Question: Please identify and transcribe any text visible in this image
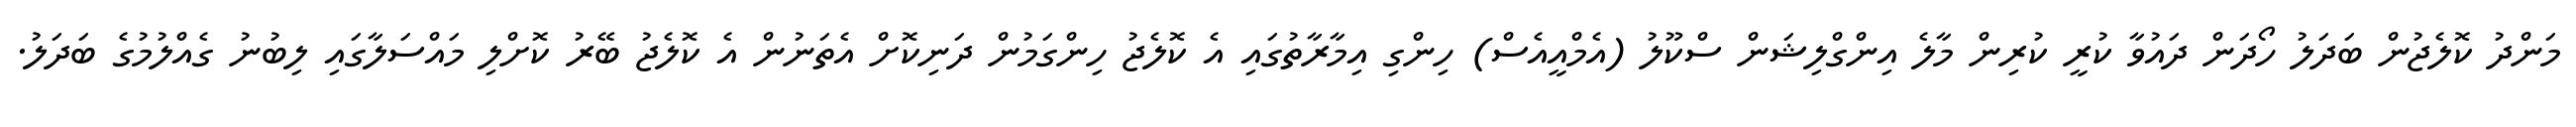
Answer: މަންދު ކޮލެޖުން ބަދަލު ހޯދަން ދައުވާ ކުރީ ކުރިން މާލެ އިންގްލިޝަން ސްކޫލު (އެމްއީއެސް) ހިންގި އިމާރާތުގައި އެ ކޮލެޖު ހިންގަމުން ދަނިކޮށް އެތަނުން އެ ކޮލެޖު ބޭރު ކޮށްލި މައްސަލާގައި ލިބުނު ގެއްލުމުގެ ބަދަލު.